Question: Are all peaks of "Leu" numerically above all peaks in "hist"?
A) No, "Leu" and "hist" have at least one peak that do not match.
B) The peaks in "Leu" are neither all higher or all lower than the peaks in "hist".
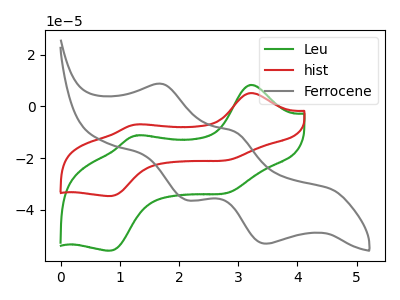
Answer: <think>The green curve "Leu" has anodic peaks at (3.20V, 8.30uA) (1.30V, -11.20uA) and cathodic peaks at (2.85V, -33.05uA) (0.85V, -55.75uA). The red curve "hist" has anodic peaks at (3.20V, 5.15uA) (1.30V, -6.95uA) and cathodic peaks at (2.85V, -20.55uA) (0.85V, -34.65uA). The gray curve "Ferrocene" has anodic peaks at (1.75V, 8.65uA) (2.95V, -9.85uA) and cathodic peaks at (2.15V, -36.20uA) (3.45V, -53.05uA).</think>
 <answer>B) The peaks in "Leu" are neither all higher or all lower than the peaks in "hist".</answer>
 <eval>B</eval>